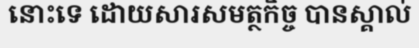
នោះទេ ដោយសារសមត្ថកិច្ច បានស្គាល់